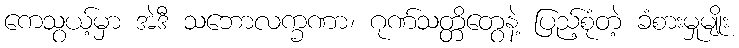
ကေသွယ့်မှာ အဲဒီ သဘောလက္ခဏာ၊ ဂုဏ်သတ္တိတွေနဲ့ ပြည့်စုံတဲ့ ခံစားမှုမျိုး